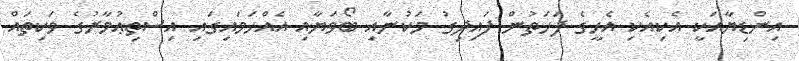
އިންޑިޔާއަކީ އެކިއެކި އެހީގެ ފަހަތުން ފައިދިގު މަކުނާއި ބޯވަޔާއި އެއްހަމައިގައި އިސްތިޢުމާރުގެ ވަކިތައް